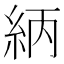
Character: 䋑